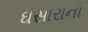
ઘસારાની